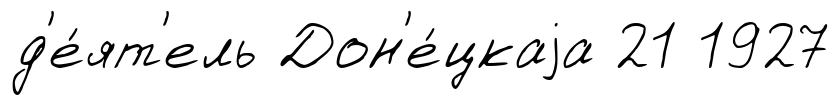
д'е́ят'ель Дон'е́цкаjа 21 1927